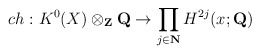
\begin{align*}ch: K^{0}(X)\otimes_{\bf Z}{\bf Q} \to \prod_{j\in {\bf N}} H^{2j}(x; {\bf Q})\end{align*}